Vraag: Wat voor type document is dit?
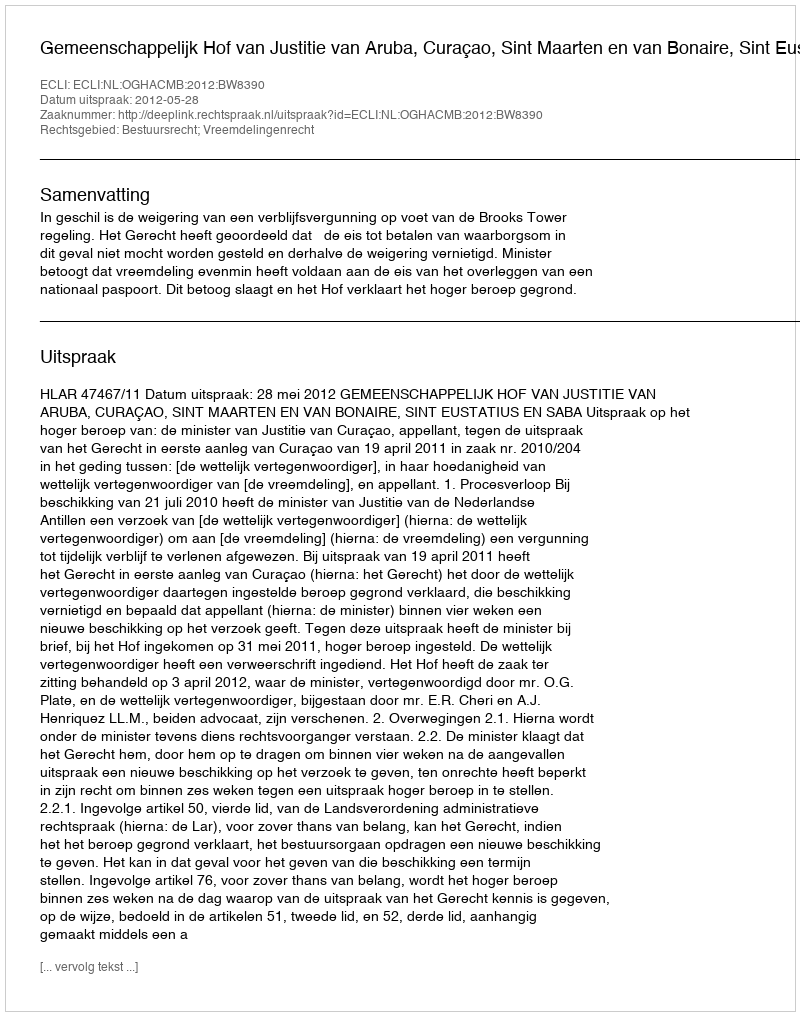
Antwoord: Uitspraak